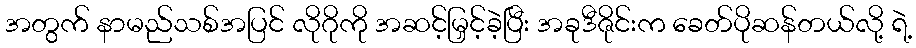
အတွက် နာမည်သစ်အပြင် လိုဂိုကို အဆင့်မြှင့်ခဲ့ပြီး အခုဒီဇိုင်းက ခေတ်ပိုဆန်တယ်လို့ ရဲ့